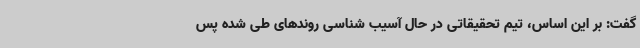
گفت: بر این اساس، تیم تحقیقاتی در حال آسیب شناسی روندهای طی شده پس